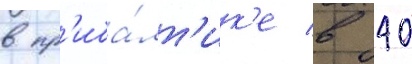
в пр'иба́лт'ик'е в 40